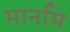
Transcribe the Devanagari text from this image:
मानमि